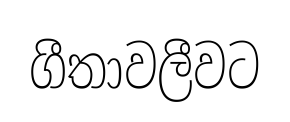
ගීතාවලීවට